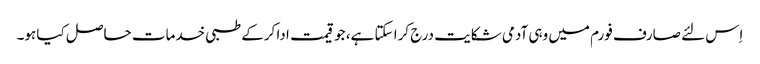
اِس لئے صارف فورم میں وہی آدمی شکایت درج کرا سکتا ہے، جو قیمت ادا کرکے طبی خدمات حاصل کیا ہو۔